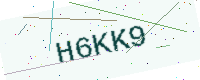
Text: H6KK9